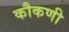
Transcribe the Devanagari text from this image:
कौकणी